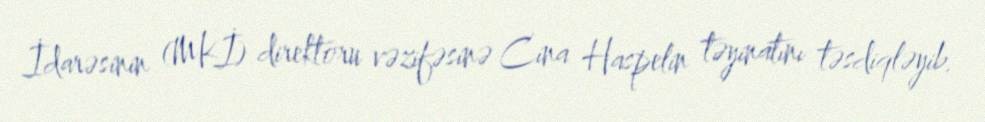
İdarəsinin (MKİ) direktoru vəzifəsinə Cina Haspelin təyinatını təsdiqləyib.